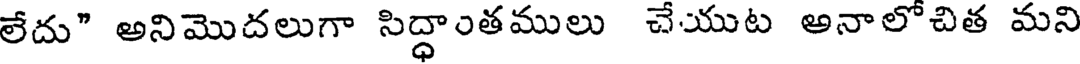
లేదు" అనిమొదలుగా సిద్ధాంతములు చేయుట అనాలోచిత మని